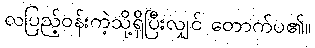
လပြည့်ဝန်းကဲ့သို့ရှိပြီးလျှင် တောက်ပ၏။